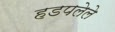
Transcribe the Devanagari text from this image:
हडपलेले